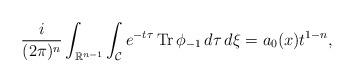
LaTeX: \begin{align*} \frac{i}{(2 \pi)^{n}}\int_{\mathbb{R}^{n-1}}\int_{\mathcal{C}} e^{-t\tau} \operatorname{Tr} \phi_{-1} \,d\tau \,d\xi =a_0(x)t^{1-n},\end{align*}